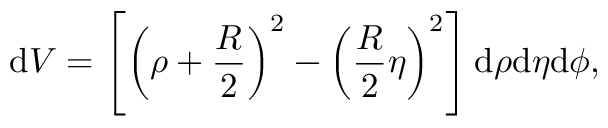
\mathrm { d } V = \left[ \left( \rho + \frac { R } { 2 } \right) ^ { 2 } - \left( \frac { R } { 2 } \eta \right) ^ { 2 } \right] \mathrm { d } \rho \mathrm { d } \eta \mathrm { d } \phi ,